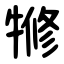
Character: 㹋